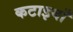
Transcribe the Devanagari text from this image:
कटाइयाँ